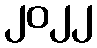
၂၀၂၂